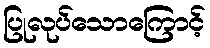
ပြုလုပ်သောကြောင့်